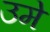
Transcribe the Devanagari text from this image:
उमे